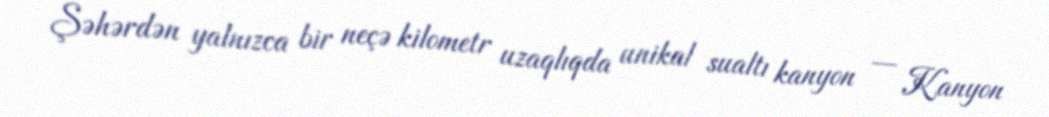
Şəhərdən yalnızca bir neçə kilometr uzaqlıqda unikal sualtı kanyon — Kanyon